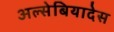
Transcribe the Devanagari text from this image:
अल्सेबियादेस